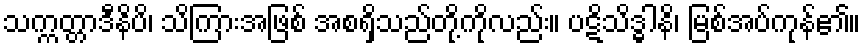
သက္ကတ္တာဒီနိပိ၊ သိကြားအဖြစ် အစရှိသည်တို့ကိုလည်း။ ပဋိသိဒ္ဓါနိ၊ မြစ်အပ်ကုန်၏။